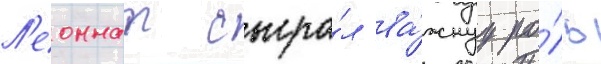
Л'еоннат сыгра́л ва́жнуу ро́ль